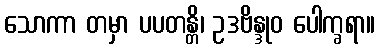
သောကာ တမှာ ပပတန္တိ၊ ဥဒဗိန္ဒုဝ ပေါက္ခရာ။